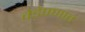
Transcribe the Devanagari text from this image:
वेडेपणात